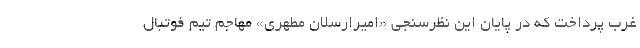
غرب پرداخت که در پایان این نظرسنجی «امیرارسلان مطهری» مهاجم تیم فوتبال